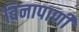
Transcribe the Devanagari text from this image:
विनापाणी